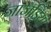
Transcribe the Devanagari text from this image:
जाजड़िया